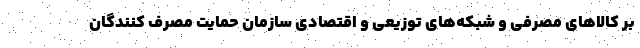
بر کالاهای مصرفی و شبکه‌های توزیعی و اقتصادی سازمان حمایت مصرف کنندگان